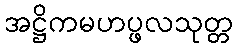
အဋ္ဌိကမဟပ္ဖလသုတ္တ